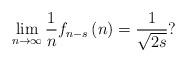
LaTeX: \begin{align*}\lim_{n\rightarrow\infty}\frac{1}{n}f_{n-s}\left( n\right) =\frac{1}{\sqrt{2s}}? \end{align*}